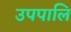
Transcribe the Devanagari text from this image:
उपपालि